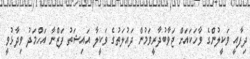
ދިފާއީ ވަކީލުންގެ ވާހަކައަށް ޖަވާބުދާރީވަމުން ދައުލަތުގެ ވަކީލާ އައިޝަތު ފަޒްނާ އަހްމަދު ވިދާޅުވީ